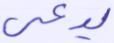
يدعى